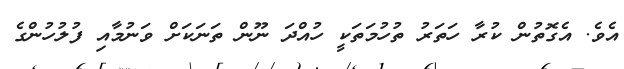
އެވެ. އެގޮތުން ކުރާ ހަތަރު ތުހުމަތަކީ ހުއްދަ ނޫން ތަނަކަށް ވަނުމާއި ފުލުހުންގެ